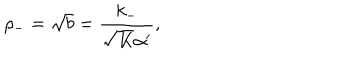
LaTeX: \rho _ { - } = \sqrt { b } = \frac { k _ { - } } { \sqrt { K } \alpha ^ { \prime } } ,